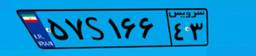
۴۱S۱۰۲۲۸